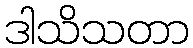
ဒါသိသတာ